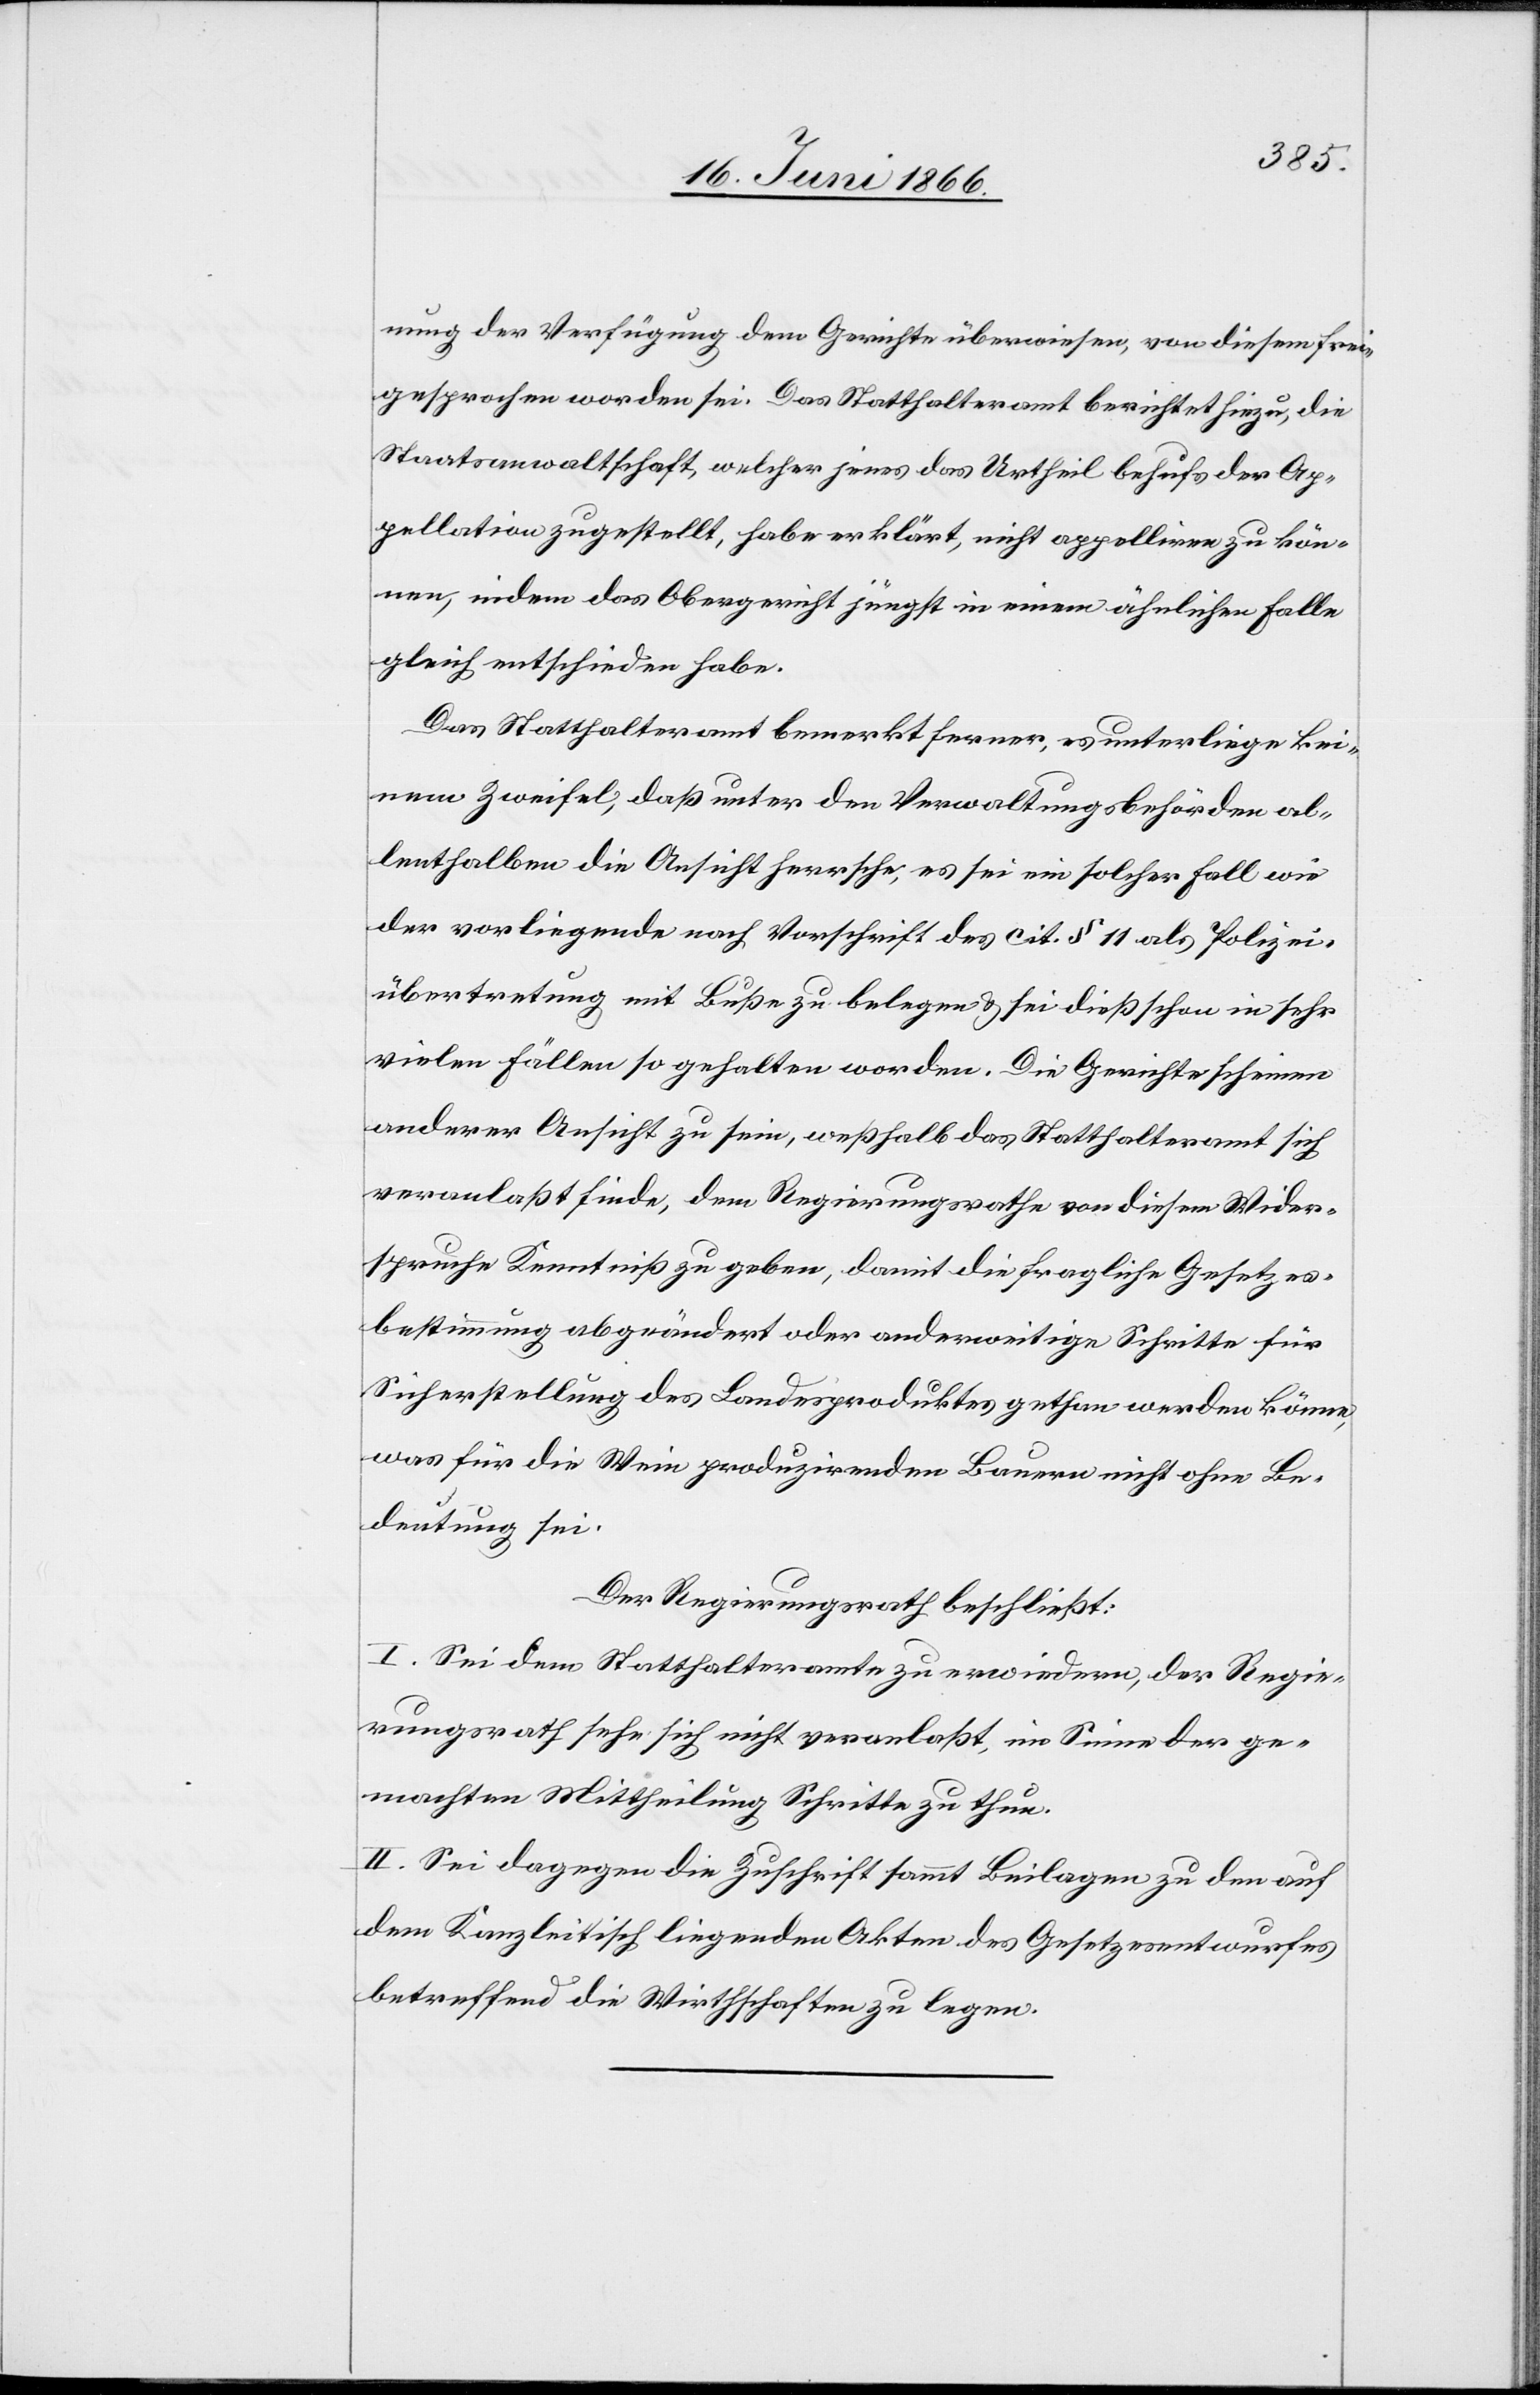
nung der Verfügung dem Gerichte überwiesen, von diesem frei¬
gesprochen worden sei. Das Statthalteramt berichtet hiezu, die
Staatsanwaltschaft, welcher jenes das Urtheil behufs der Ap¬
pellation zugestellt, habe erklärt, nicht appelliren zu kön¬
nen, indem das Obergericht jüngst in einem ähnlichen Falle
gleich entschieden habe.
Das Statthalteramt bemerkt ferner, es unterliege kei¬
nem Zweifel, daß unter den Verwaltungsbehörden al¬
lenthalben die Ansicht herrsche, es sei ein solcher Fall wie
der vorliegende nach Vorschrift des cit. § 11 als Polizei¬
übertretung mit Buße zu belegen u. sei dieß schon in sehr
vielen Fällen so gehalten worden. Die Gerichte scheinen
anderer Ansicht zu sein, weßhalb das Statthalteramt sich
veranlaßt finde, dem Regierungsrathe von diesem Wider¬
spruche Kenntniß zu geben, damit die fragliche Gesetzes¬
bestimmung abgeändert oder anderweitige Schritte für
Sicherstellung des Landesproduktes gethan werden könne
was für die Wein produzirenden Bauern nicht ohne Be¬
deutung sei.
Der Regierungsrath beschließt:
I. Sei dem Statthalteramte zu erwiedern, der Regie¬
rungsrath sehe sich nicht veranlaßt, im Sinne der ge¬
machten Mittheilung Schritte zu thun.
II. Sei dagegen die Zuschrift sammt Beilagen zu den auf
dem Kanzleitisch liegenden Akten des Gesetzesentwurfes
betreffend die Wirthschaften zu legen.